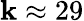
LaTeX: \mathbf{k}\approx29